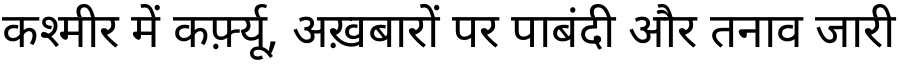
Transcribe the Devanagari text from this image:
कश्मीर में कर्फ़्यू, अख़बारों पर पाबंदी और तनाव जारी